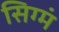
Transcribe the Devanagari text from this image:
सिग्मं